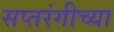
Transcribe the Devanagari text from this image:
सप्तरंगीच्या